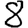
Digit: 8